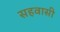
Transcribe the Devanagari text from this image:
सहवासी